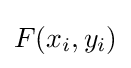
F(x_{i},y_{i})